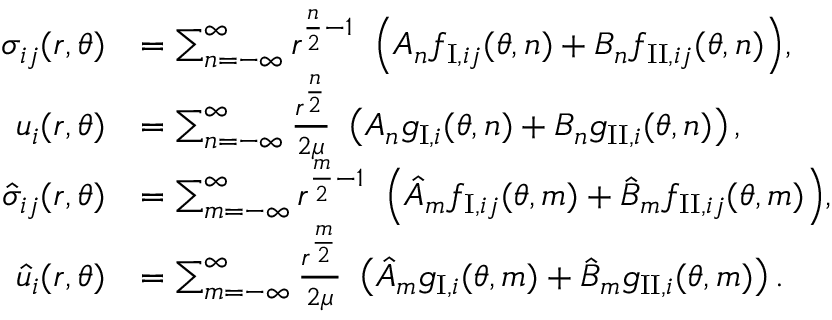
\begin{array} { r l } { \sigma _ { i j } ( r , \theta ) } & { = \sum _ { n = - \infty } ^ { \infty } { r ^ { \frac { n } { 2 } - 1 } \ \left( A _ { n } f _ { \mathrm { I } , i j } ( \theta , n ) + B _ { n } f _ { \mathrm { I I } , i j } ( \theta , n ) \right) } , } \\ { u _ { i } ( r , \theta ) } & { = \sum _ { n = - \infty } ^ { \infty } \frac { r ^ { \frac { n } { 2 } } } { 2 \mu } \ \left( A _ { n } g _ { \mathrm { I } , i } ( \theta , n ) + B _ { n } g _ { \mathrm { I I } , i } ( \theta , n ) \right) , } \\ { \hat { \sigma } _ { i j } ( r , \theta ) } & { = \sum _ { m = - \infty } ^ { \infty } { r ^ { \frac { m } { 2 } - 1 } \ \left( \hat { A } _ { m } f _ { \mathrm { I } , i j } ( \theta , m ) + \hat { B } _ { m } f _ { \mathrm { I I } , i j } ( \theta , m ) \right) } , } \\ { \hat { u } _ { i } ( r , \theta ) } & { = \sum _ { m = - \infty } ^ { \infty } \frac { r ^ { \frac { m } { 2 } } } { 2 \mu } \ \left( \hat { A } _ { m } g _ { \mathrm { I } , i } ( \theta , m ) + \hat { B } _ { m } g _ { \mathrm { I I } , i } ( \theta , m ) \right) . } \end{array}